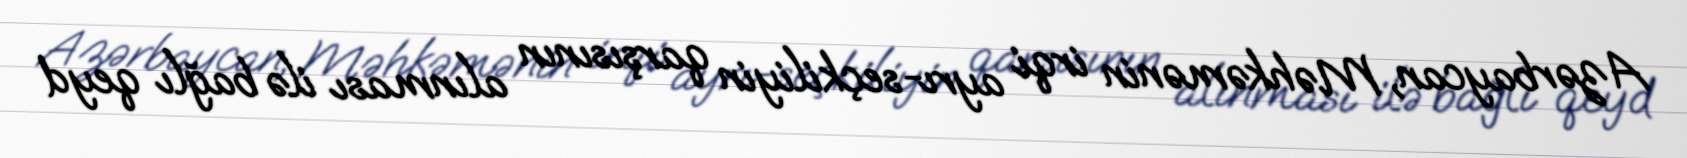
Azərbaycan, Məhkəmənin irqi ayrı-seçkiliyin qarşısının alınması ilə bağlı qeyd